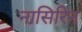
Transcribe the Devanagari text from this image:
नासिरिन